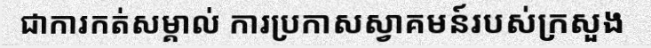
ជាការកត់សម្គាល់ ការប្រកាសស្វាគមន៍របស់ក្រសួង